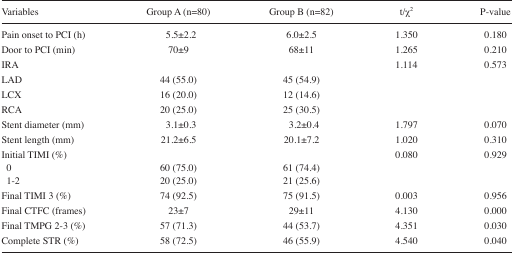
<table><thead><tr><td><b>Variables</b></td><td><b>Group A (n=80)</b></td><td><b>Group B (n=82)</b></td><td><b>t/χ<sup>2</sup></b></td><td><b>P-value</b></td></tr></thead><tbody><tr><td>Pain onset to PCI (h)</td><td>5.5±2.2</td><td>6.0±2.5</td><td>1.350</td><td>0.180</td></tr><tr><td>Door to PCI (min)</td><td>70±9</td><td>68±11</td><td>1.265</td><td>0.210</td></tr><tr><td>IRA</td><td></td><td></td><td>1.114</td><td>0.573</td></tr><tr><td>LAD</td><td>44 (55.0)</td><td>45 (54.9)</td><td></td><td></td></tr><tr><td>LCX</td><td>16 (20.0)</td><td>12 (14.6)</td><td></td><td></td></tr><tr><td>RCA</td><td>20 (25.0)</td><td>25 (30.5)</td><td></td><td></td></tr><tr><td>Stent diameter (mm)</td><td>3.1±0.3</td><td>3.2±0.4</td><td>1.797</td><td>0.070</td></tr><tr><td>Stent length (mm)</td><td>21.2±6.5</td><td>20.1±7.2</td><td>1.020</td><td>0.310</td></tr><tr><td>Initial TIMI (%)</td><td></td><td></td><td>0.080</td><td>0.929</td></tr><tr><td>0</td><td>60 (75.0)</td><td>61 (74.4)</td><td></td><td></td></tr><tr><td>1–2</td><td>20 (25.0)</td><td>21 (25.6)</td><td></td><td></td></tr><tr><td>Final TIMI 3 (%)</td><td>74 (92.5)</td><td>75 (91.5)</td><td>0.003</td><td>0.956</td></tr><tr><td>Final CTFC (frames)</td><td>23±7</td><td>29±11</td><td>4.130</td><td>0.000</td></tr><tr><td>Final TMPG 2–3 (%)</td><td>57 (71.3)</td><td>44 (53.7)</td><td>4.351</td><td>0.030</td></tr><tr><td>Complete STR (%)</td><td>58 (72.5)</td><td>46 (55.9)</td><td>4.540</td><td>0.040</td></tr></tbody></table>